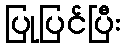
ပြုပြင်ပြီး